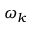
\omega _ { k }